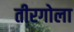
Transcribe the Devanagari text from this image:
तीरगोला